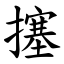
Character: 㩙